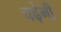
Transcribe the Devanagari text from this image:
चढ़ेगी